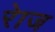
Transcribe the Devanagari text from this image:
रेाज